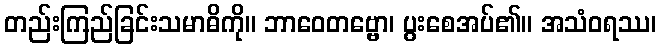
တည်းကြည်ခြင်းသမာဓိကို။ ဘာဝေတဗ္ဗော၊ ပွးစေအပ်၏။ အသံဝရဿ၊